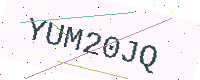
Text: YUM20JQ